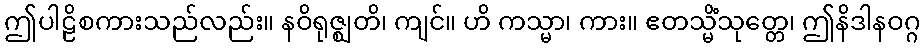
ဤပါဠိစကားသည်လည်း။ နဝိရုဇ္ဈတိ၊ ကျင်။ ဟိ ကသ္မာ၊ ကား။ ဧတသ္မိံသုတ္တေ၊ ဤနိဒါနဝဂ္ဂ